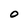
Character: O